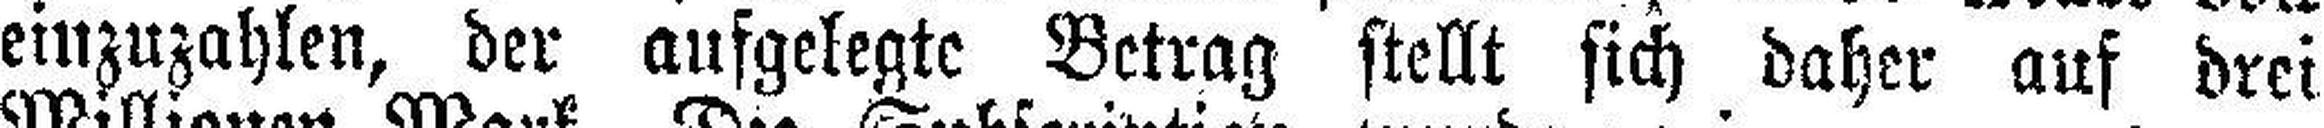
einzuzahlen, der aufgelegte Betrag stellt sich daher auf drei